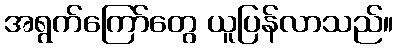
အရွက်ကြော်တွေ ယူပြန်လာသည်။